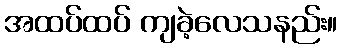
အထပ်ထပ် ကျခဲ့လေသနည်း။